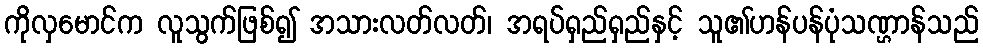
ကိုလှမောင်က လူသွက်ဖြစ်၍ အသားလတ်လတ်၊ အရပ်ရှည်ရှည်နှင့် သူ၏ဟန်ပန်ပုံသဏ္ဌာန်သည်